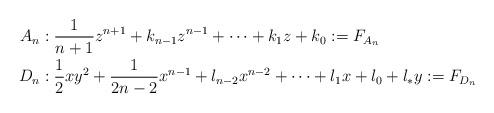
LaTeX: \begin{align*} A_n &:\frac{1}{n+1} z^{n+1} + k_{n-1}z^{n-1} + \dots +k_1 z + k_0 := F_{A_n}\\ D_n &:\frac{1}{2} xy^2 + \frac{1}{2n-2}x^{n-1} + l_{n-2}x^{n-2} + \dots + l_1 x + l_0 + l_\ast y := F_{D_n}\end{align*}